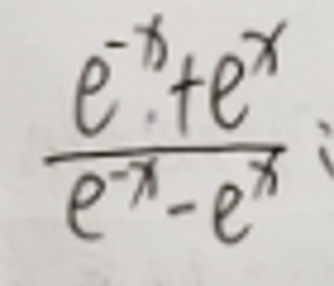
$\frac{e^{-x}+e^{x}}{e^{-x}-e^{x}}$